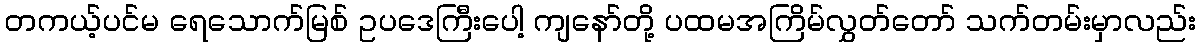
တကယ့်ပင်မ ရေသောက်မြစ် ဥပဒေကြီးပေါ့ ကျနော်တို့ ပထမအကြိမ်လွှတ်တော် သက်တမ်းမှာလည်း